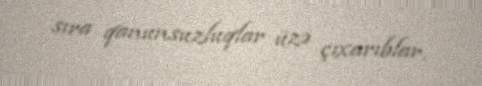
sıra qanunsuzluqlar üzə çıxarıblar.